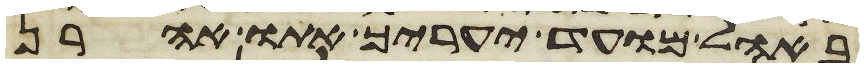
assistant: באהל מועד יערך אתו אהרן